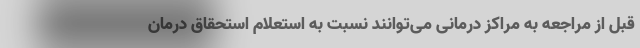
قبل از مراجعه به مراکز درمانی می‌توانند نسبت به استعلام استحقاق درمان